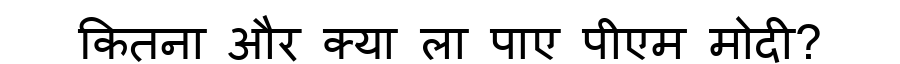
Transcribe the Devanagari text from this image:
कितना और क्या ला पाए पीएम मोदी?